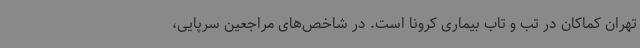
تهران کماکان در تب و تاب بیماری کرونا است. در شاخص‌های مراجعین سرپایی،